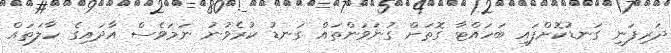
ދަރިފަނި ގަނޑުކޮށްފައި ބަހައްޓާ ގޮތަށް ގުނަވަންތައް ގަނޑު ކުރެވުނު ނަމަވެސް އާދައިގެ ހާލަތައް